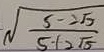
\sqrt { \frac { 5 - 2 \sqrt { 5 } } { 5 + 2 \sqrt { 5 } } }